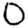
Digit: 0